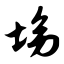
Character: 坳